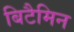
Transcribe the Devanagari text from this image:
बिटैमिन